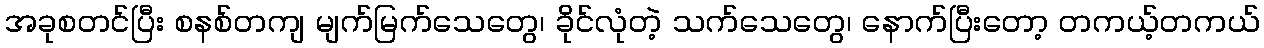
အခုစတင်ပြီး စနစ်တကျ မျက်မြက်သေတွေ၊ ခိုင်လုံတဲ့ သက်သေတွေ၊ နောက်ပြီးတော့ တကယ့်တကယ်